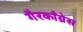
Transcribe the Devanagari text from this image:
गैरकाँग्रेस